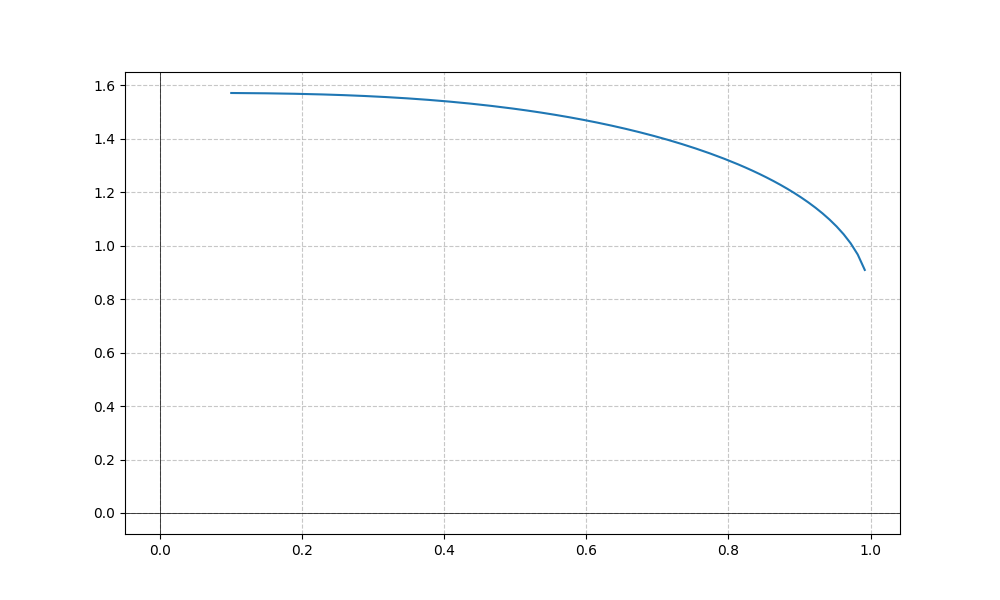
LaTeX formula: \operatorname{acos}{\left(x \right)} + \operatorname{atan}{\left(x \right)}